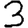
Digit: 3